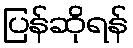
ပြန်ဆိုရန်